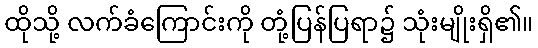
ထိုသို့ လက်ခံကြောင်းကို တုံ့ပြန်ပြရာ၌ သုံးမျိုးရှိ၏။